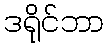
ဒရိုင်ဘာ